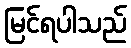
မြင်ရပါသည်